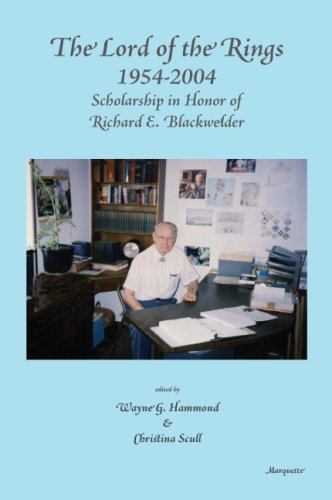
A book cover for The Lord of the Rings 1954-2004: Scholarship in Honor of Richard E. Blackwelder; Science Fiction & Fantasy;